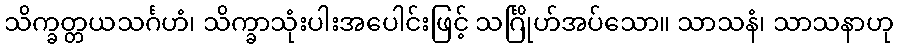
သိက္ခတ္တယသင်္ဂဟံ၊ သိက္ခာသုံးပါးအပေါင်းဖြင့် သင်္ဂြိုဟ်အပ်သော။ သာသနံ၊ သာသနာဟု